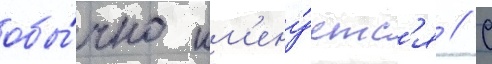
обы́чно им'ену́етс'я // С